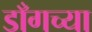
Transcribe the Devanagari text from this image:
डाँगच्या